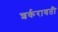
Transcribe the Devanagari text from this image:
शर्करावती